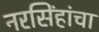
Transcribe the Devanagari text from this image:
नरसिंहांचा